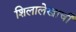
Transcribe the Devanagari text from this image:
शिलालेखाची